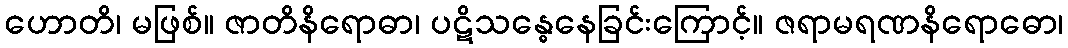
ဟောတိ၊ မဖြစ်။ ဇာတိနိရောဓာ၊ ပဋိသန္ဓေနေခြင်းကြောင့်။ ဇရာမရဏနိရောဓော၊